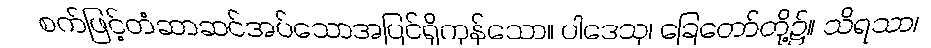
စက်ဖြင့်တံဆာဆင်အပ်သောအပြင်ရှိကုန်သော။ ပါဒေသု၊ ခြေတော်တို့၌။ သိရသာ၊